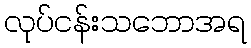
လုပ်ငန်းသဘောအရ